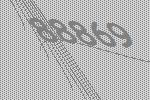
88869